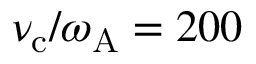
\nu _ { \mathrm { c } } / \omega _ { \mathrm { A } } = 2 0 0